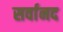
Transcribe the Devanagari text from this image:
सर्वानद